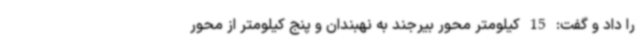
را داد و گفت: 15 کیلومتر محور بیرجند به نهبندان و پنج کیلومتر از محور